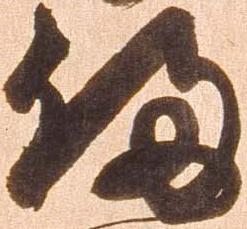
備